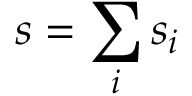
s = \sum _ { i } s _ { i }